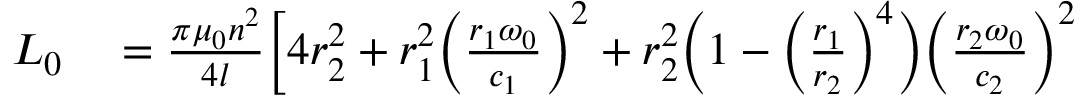
\begin{array} { r l } { L _ { 0 } } & { { } = \frac { \pi \mu _ { 0 } n ^ { 2 } } { 4 l } \Big [ 4 r _ { 2 } ^ { 2 } + r _ { 1 } ^ { 2 } \Big ( \frac { r _ { 1 } \omega _ { 0 } } { c _ { 1 } } \Big ) ^ { 2 } + r _ { 2 } ^ { 2 } \Big ( 1 - \Big ( \frac { r _ { 1 } } { r _ { 2 } } \Big ) ^ { 4 } \Big ) \Big ( \frac { r _ { 2 } \omega _ { 0 } } { c _ { 2 } } \Big ) ^ { 2 } } \end{array}